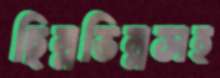
ছিন্নভিন্নসহ